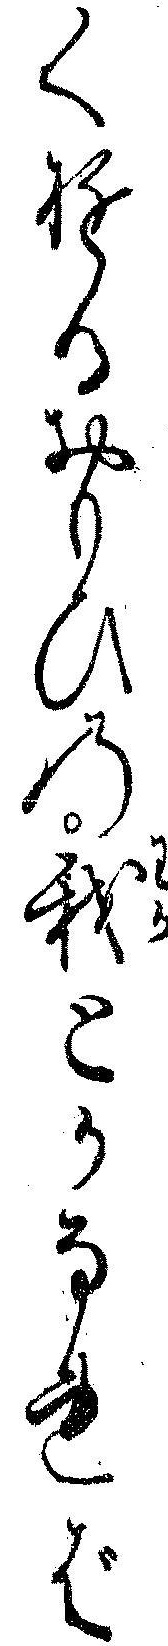
くゆるおもひの我とかなれば